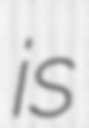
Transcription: is